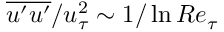
\overline { { u ^ { \prime } u ^ { \prime } } } / u _ { \tau } ^ { 2 } \sim 1 / \ln R e _ { \tau }